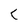
Character: C